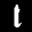
Label: 1